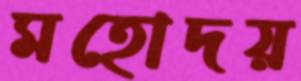
মহোদয়